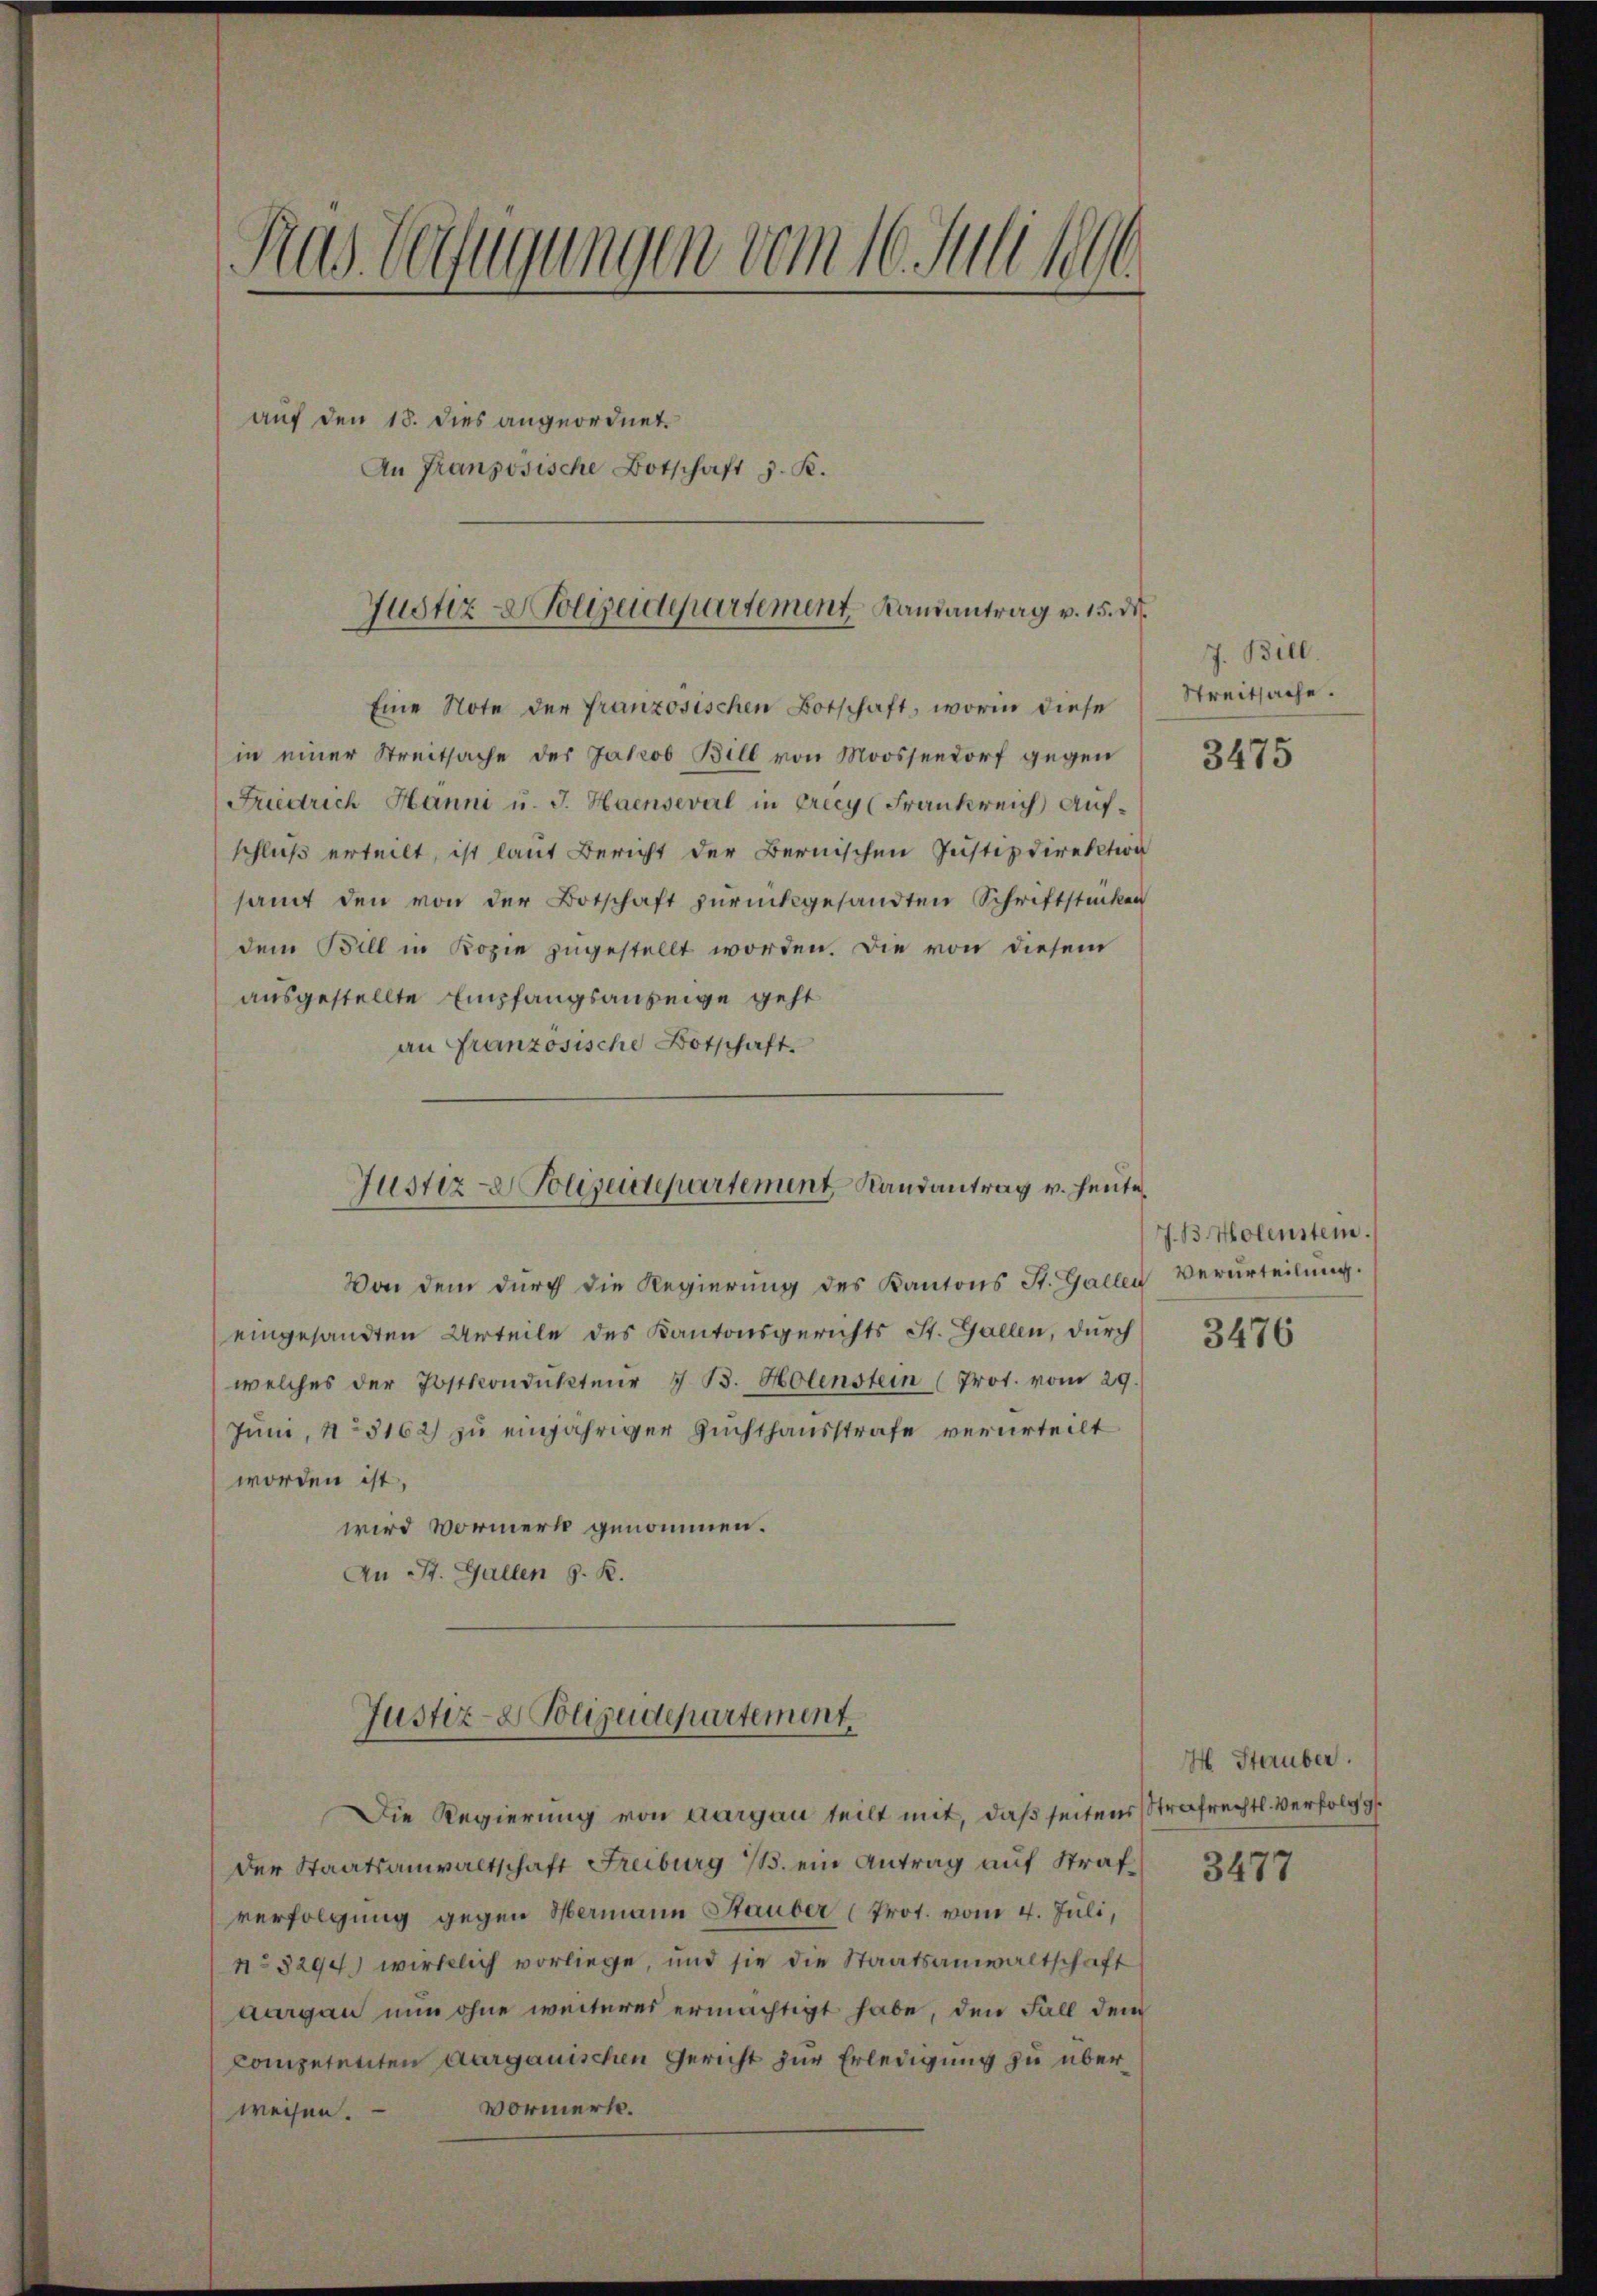
Ras Verfügungen vom 16. Juli 1891
auf den 18. dies angeordnet.
An Französische Botschaft z. K.

Justiz- & Polizeidepartement Landantrag v. 15. d.

Eine Note der französischen Botschaft, worin diese
in einer Streitsache des Jakob Bill von Moossendorf gegen
Friedrich Hanni u. J. Haenseval in Frecy (Frankreich Aufschluß erteilt, ist laut Bericht der Bernischen Justizdirektion
samt den von der Botschaft zurückgesandten Schriftstücken
dem Bill in Kopie zugestellt worden. Die von diesem
ausgestellte Empfangsanzeige geht
an Französische Botschaft.
Justiz-Polizeidepartement Landantrag v. heute

Von dem durch die Regierung des Kantons St. Gallen
eingesandten Urteile des Kantonsgerichts St. Gallen, durch
welches der Postkondukteŭr J. B. Holenstein (Prot. vom 29.
Juni, No 5162) zu einjähriger Zuchthausstrafe verurteilt
worden ist,
wird Vormerk genommen.
An St. Gallen S. K.
Justiz- & Polizeidepartement
Die Regierung von Aargau teilt mit, daß seitens Strafrechtl. Verfolg g
Der Staatsanwaltschaft Freiburg B. ein Antrag auf Strafverfolgung gegen Hermann Stauber (Prot. vom 4. Juli,
No 8294) wirklich vorliege, und sie die Staatsanwaltschaft
durgau nun ohne weiterer ermächtigt habe, den Fall dem
Competenten aargauischen Gericht zur Erledigung zu über¬
Vormerk.
weisen.

J. Bill.
Streitsache.

3475

J. B. Holenstein.
Verurteilung.

3476

M. Stauber.

3477